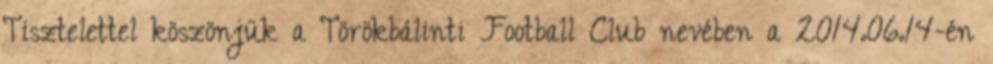
Tisztelettel köszönjük a Törökbálinti Football Club nevében a 2014.06.14-én